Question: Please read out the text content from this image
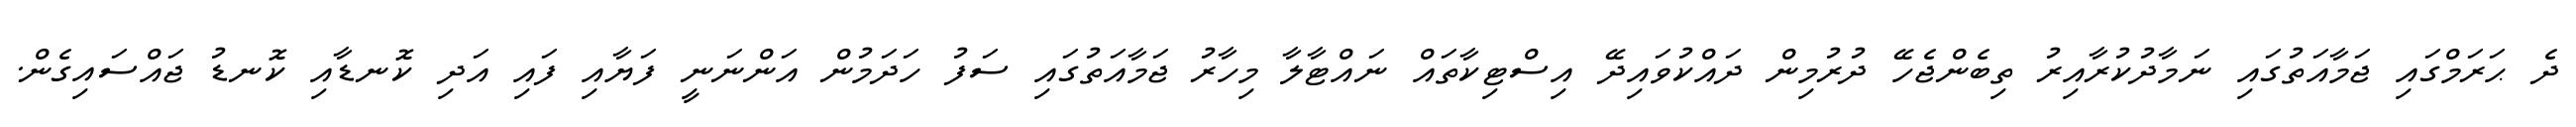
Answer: ދެ ޙަރަމްގައި ޖަމާއަތުގައި ނަމާދުކުރާއިރު ތިބެންޖެހޭ ދުރުމިން ދައްކުވައިދޭ އިސްޓިކާތައް ނައްޓާލާ މިހާރު ޖަމާއަތުގައި ސަފު ހަދަމުން އަންނަނީ ފަޔާއި ފައި އަދި ކޮނޑާއި ކޮނޑު ޖައްސައިގެން.